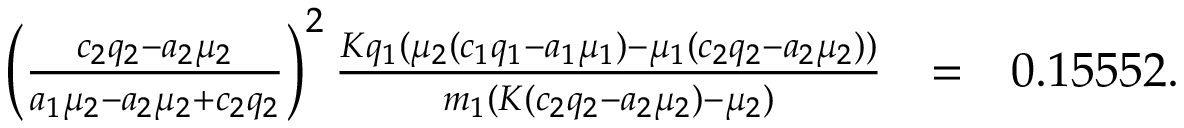
\begin{array} { r l r } { \left( \frac { c _ { 2 } q _ { 2 } - a _ { 2 } \mu _ { 2 } } { a _ { 1 } \mu _ { 2 } - a _ { 2 } \mu _ { 2 } + c _ { 2 } q _ { 2 } } \right) ^ { 2 } \frac { K q _ { 1 } ( \mu _ { 2 } ( c _ { 1 } q _ { 1 } - a _ { 1 } \mu _ { 1 } ) - \mu _ { 1 } ( c _ { 2 } q _ { 2 } - a _ { 2 } \mu _ { 2 } ) ) } { m _ { 1 } ( K ( c _ { 2 } q _ { 2 } - a _ { 2 } \mu _ { 2 } ) - \mu _ { 2 } ) } } & { = } & { 0 . 1 5 5 5 2 . } \end{array}